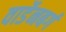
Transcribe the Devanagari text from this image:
वार्डेनबर्ग